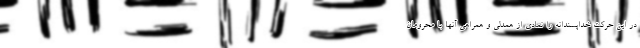
در این حرکت خداپسندانه را نمادی از همدلی و همراهی آنها با محرومان